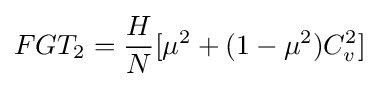
FGT_{2}={\frac {H}{N}}[\mu ^{2}+(1-\mu ^{2})C_{v}^{2}]